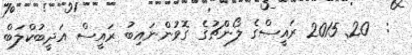
:  20